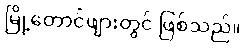
မြို့တောင်ဖျားတွင် ဖြစ်သည်။